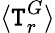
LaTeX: \langle\mathtt{T}_{r}^{G}\rangle